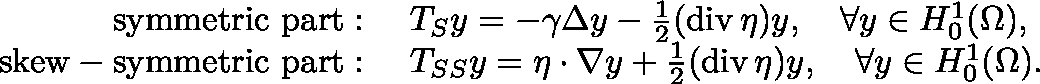
\begin{array} { r l } { \mathrm { s y m m e t r i c ~ p a r t : ~ } } & { T _ { S } y = - \gamma \Delta y - \frac { 1 } { 2 } ( \operatorname { d i v } \mathbf { \eta } ) y , \quad \forall y \in H _ { 0 } ^ { 1 } ( \Omega ) , } \\ { \mathrm { s k e w - s y m m e t r i c ~ p a r t : ~ } } & { T _ { S S } y = \mathbf { \eta } \cdot \nabla y + \frac { 1 } { 2 } ( \operatorname { d i v } \mathbf { \eta } ) y , \quad \forall y \in H _ { 0 } ^ { 1 } ( \Omega ) . } \end{array}